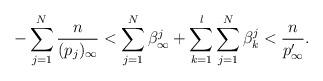
LaTeX: \begin{align*} -\sum_{j=1}^N\frac{n}{(p_j)_{\infty}}<\sum_{j=1}^N \beta_\infty^j+\sum_{k=1}^l\sum_{j=1}^N \beta_k^j< \frac{n}{p_\infty^\prime}.\end{align*}